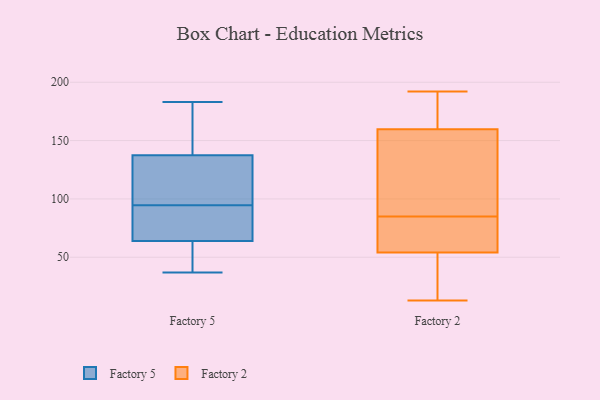
{"axis": {"x": "Bounce Rate (%)", "y": "Value"}, "legend": ["Factory 2", "Factory 5"], "data": [{"x": "", "y": 47, "type": "Factory 5"}, {"x": "", "y": 122, "type": "Factory 5"}, {"x": "", "y": 180, "type": "Factory 5"}, {"x": "", "y": 169, "type": "Factory 5"}, {"x": "", "y": 107, "type": "Factory 5"}, {"x": "", "y": 124, "type": "Factory 5"}, {"x": "", "y": 95, "type": "Factory 5"}, {"x": "", "y": 38, "type": "Factory 5"}, {"x": "", "y": 94, "type": "Factory 5"}, {"x": "", "y": 62, "type": "Factory 5"}, {"x": "", "y": 66, "type": "Factory 5"}, {"x": "", "y": 65, "type": "Factory 5"}, {"x": "", "y": 94, "type": "Factory 5"}, {"x": "", "y": 183, "type": "Factory 5"}, {"x": "", "y": 126, "type": "Factory 5"}, {"x": "", "y": 160, "type": "Factory 5"}, {"x": "", "y": 69, "type": "Factory 5"}, {"x": "", "y": 149, "type": "Factory 5"}, {"x": "", "y": 63, "type": "Factory 5"}, {"x": "", "y": 37, "type": "Factory 5"}, {"x": "", "y": 25, "type": "Factory 2"}, {"x": "", "y": 165, "type": "Factory 2"}, {"x": "", "y": 85, "type": "Factory 2"}, {"x": "", "y": 126, "type": "Factory 2"}, {"x": "", "y": 192, "type": "Factory 2"}, {"x": "", "y": 64, "type": "Factory 2"}, {"x": "", "y": 178, "type": "Factory 2"}, {"x": "", "y": 13, "type": "Factory 2"}, {"x": "", "y": 58, "type": "Factory 2"}, {"x": "", "y": 176, "type": "Factory 2"}, {"x": "", "y": 138, "type": "Factory 2"}, {"x": "", "y": 136, "type": "Factory 2"}, {"x": "", "y": 42, "type": "Factory 2"}, {"x": "", "y": 17, "type": "Factory 2"}, {"x": "", "y": 65, "type": "Factory 2"}, {"x": "", "y": 85, "type": "Factory 2"}, {"x": "", "y": 158, "type": "Factory 2"}]}